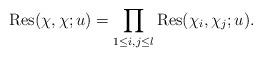
LaTeX: \begin{align*}\mathrm{Res}(\chi,\chi;u)=\prod_{1\leq i,j\leq l}\mathrm{Res}(\chi_{i},\chi_{j};u).\end{align*}